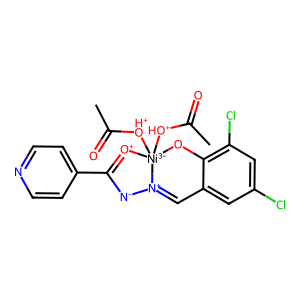
SMILES: CC(=O)[OH+][Ni-3]12([OH+]C(C)=O)Oc3c(Cl)cc(Cl)cc3C=[N+]1[N-]C(c1ccncc1)=[O+]2
Inhibits HIV replication: No